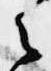
之